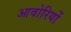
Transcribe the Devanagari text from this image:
आवोरियों